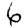
Digit: 6